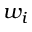
w _ { i }